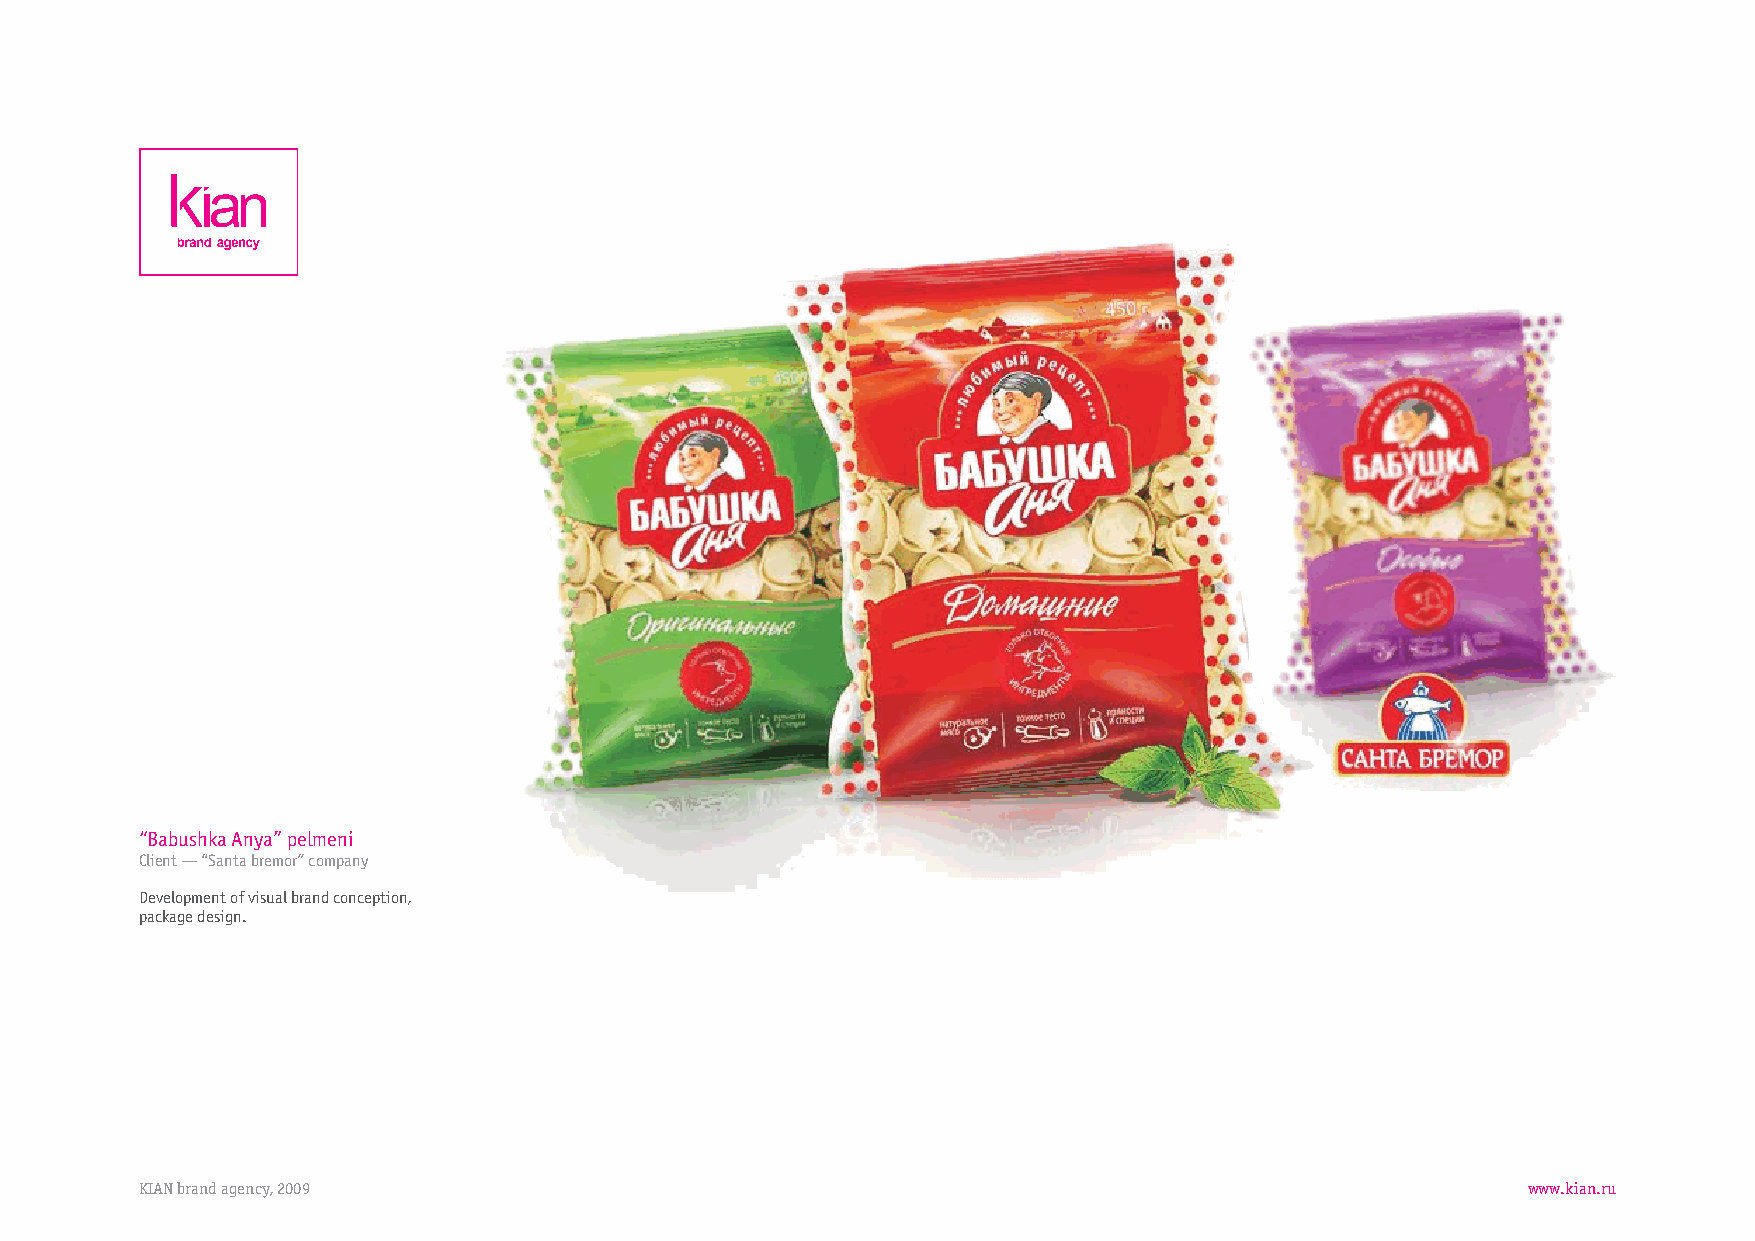
“BabushkaAnya”pelmeni
 Client—“Santabremor”company
 Developmentofvisualbrandconception,
 packagedesign.
 KIANbrandagency,2009                                                                        www.kian.ru